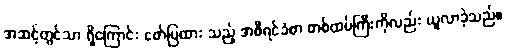
အဆင့်တွင်သာ ရှိကြောင်း ဖော်ပြထား သည့် အစီရင်ခံစာ တစ်ထပ်ကြီးကိုလည်း ယူလာခဲ့သည်။